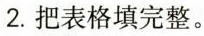
2.把表格填完整。